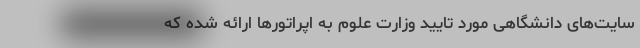
سایت‌های دانشگاهی مورد تایید وزارت علوم به اپراتورها ارائه شده که